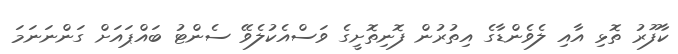
ކާފޫރު ތޮޅި އާއި ލެވެންޑާގެ އިތުރުން ފޮނިތޮށީގެ ވަސްއެކުލެވޭ ސެންޓު ބައްޕައަށް ގަންނަނަމަ